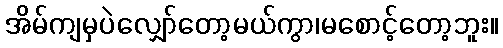
အိမ်ကျမှပဲလျှော်တော့မယ်ကွာ၊မစောင့်တော့ဘူး။